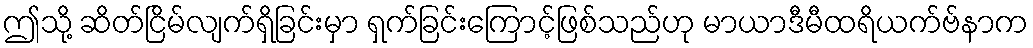
ဤသို့ ဆိတ်ငြိမ်လျက်ရှိခြင်းမှာ ရှက်ခြင်းကြောင့်ဖြစ်သည်ဟု မာယာဒီမီထရိယက်ဗ်နာက